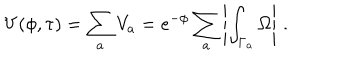
LaTeX: V ( \phi , \tau ) = \sum _ { a } V _ { a } = e ^ { - \phi } \sum _ { a } \left| \int _ { \Gamma _ { a } } \Omega \right| \, .